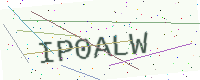
Text: IP0ALW